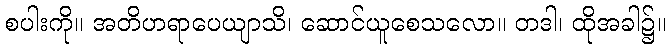
စပါးကို။ အတိဟရာပေယျာသိ၊ ဆောင်ယူစေသလော။ တဒါ၊ ထိုအခါ၌။